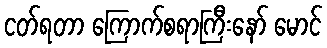
ငတ်ရတာ ကြောက်စရာကြီးနော် မောင်